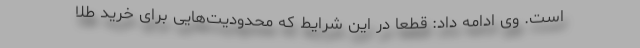
است. وی ادامه داد: قطعا در این شرایط که محدودیت‌هایی برای خرید طلا